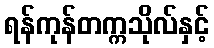
ရန်ကုန်တက္ကသိုလ်နှင့်